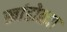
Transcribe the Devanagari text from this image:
खांडोळ्या